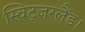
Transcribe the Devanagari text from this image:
स्विट्जरलैंड।